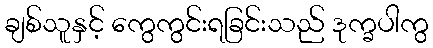
ချစ်သူနှင့် ကွေကွင်းရခြင်းသည် ဒုက္ခပါကွ